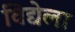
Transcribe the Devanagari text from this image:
विद्येला